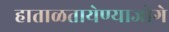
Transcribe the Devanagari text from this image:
हाताळतायेण्याजोगे